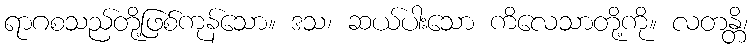
ရာဂစသည်တို့ဖြစ်ကုန်သော။ ဒသ၊ ဆယ်ပါးသော ကိလေသာတို့ကို။ လတန္တိ၊